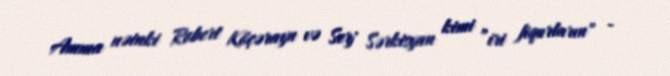
Amma nəinki Robert Köçərayn və Serj Sərkisyan kimi ”iri fiqurların" -